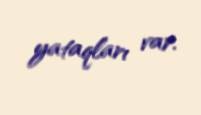
yataqları var.